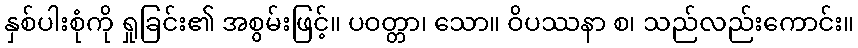
နှစ်ပါးစုံကို ရှုခြင်း၏ အစွမ်းဖြင့်။ ပဝတ္တာ၊ သော။ ဝိပဿနာ စ၊ သည်လည်းကောင်း။